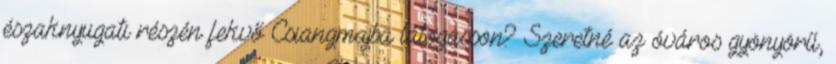
északnyugati részén fekvő Csiangmajba látogasson? Szeretné az óváros gyönyörű,